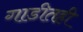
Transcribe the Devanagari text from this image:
गाडीतही